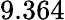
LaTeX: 9.364